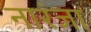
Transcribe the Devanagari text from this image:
नारंजा